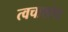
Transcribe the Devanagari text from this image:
त्वचाशोध